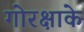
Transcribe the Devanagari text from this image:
गोरक्षाके